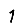
Digit: 1